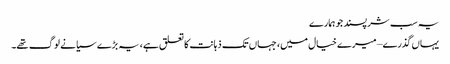
یہ سب شرپسند جو ہمارے
یہاں گذرے – میرے خیال میں، جہاں تک ذہانت کا تعلق ہے، یہ بڑے سیانے لوگ تھے۔